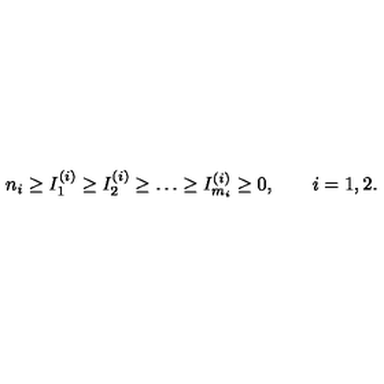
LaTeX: n _ { i } \ge I _ { 1 } ^ { ( i ) } \ge I _ { 2 } ^ { ( i ) } \ge \dots \ge I _ { m _ { i } } ^ { ( i ) } \ge 0 , \qquad i = 1 , 2 .